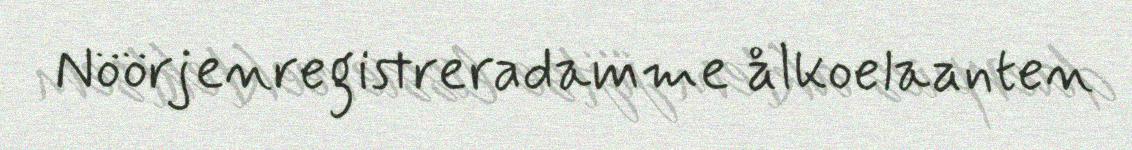
Nöörjenregistreradamme ålkoelaanten